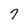
Character: 7